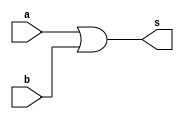
// Projetar e simular LU
// Wadson Ferreira
// 460631

module OR(output s, input a, input b);
	or O1(s,a,b);
endmodule

module NOR(output s, input a, input b);
	nor O1(s,a,b);
endmodule

module XOR(output s, input a, input b);
	xor O1(s,a,b);
endmodule

module XNOR(output s, input a, input b);
	xnor O1(s,a,b);
endmodule

module LU(output s, input a, input b, input[1:0] select);
	wire or1,nor1,xor1,xnor1;
	reg resultado;
	OR OR1(or1,a,b);
	NOR NOR1(nor1,a,b);
	XOR XOR1(xor1,a,b);
	XNOR XNOR1(xnor1,a,b);
	assign s = (select==0) ? or1 : (select==1) ? nor1 : (select==2) ? xor1 : xnor1;
endmodule

module teste;
	wire saida;
	reg entradaA,entradaB;
	reg[1:0] select;
	LU L1(saida,entradaA,entradaB,select);
	initial begin
		$display("\nWadson Ferreira - 460631\n00=OR 01=NOR 10=XOR 11=XNOR");
		#1 entradaA=1'b0; entradaB=1'b0; select=2'b00;
		   $monitor("%b (%2b) %b = %b",entradaA,select,entradaB,saida);
		#1 entradaA=1'b1; entradaB=1'b0; select=2'b01;
		#1 entradaA=1'b0; entradaB=1'b1; select=2'b10;
		#1 entradaA=1'b1; entradaB=1'b1; select=2'b11;
		#1 entradaA=1'b1; entradaB=1'b1; select=2'b10;
		#1 entradaA=1'b0; entradaB=1'b1; select=2'b11;
		#1 entradaA=1'b1; entradaB=1'b0; select=2'b00;
	end
endmodule